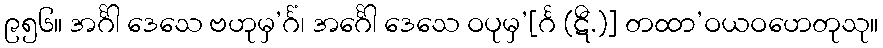
၉၅၆။ အင်္ဂါ ဒေသေ ဗဟုမှ’င်္ဂံ၊ အင်္ဂေါ ဒေသေ ဝပုမှ’[င်္ဂ (ဋီ.)] တထာ’ဝယဝဟေတုသု။